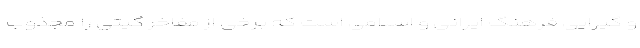
و گیرایی فرهنگ ایرانی و اسلامی است که برخی از مفاخر گیتی را مجذوب